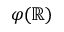
\varphi ( \mathbb { R } )